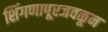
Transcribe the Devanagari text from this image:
शिंगणापूरजवळून